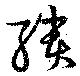
聵